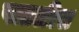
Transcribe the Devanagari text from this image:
पातळीस